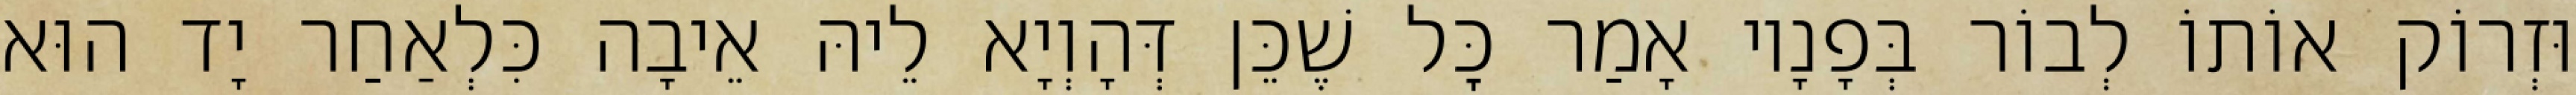
וּזְרוֹק אוֹתוֹ לְבוֹר בְּפָנָיו אָמַר כׇּל שֶׁכֵּן דְּהָוְיָא לֵיהּ אֵיבָה כִּלְאַחַר יָד הוּא